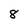
Character: 8